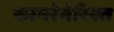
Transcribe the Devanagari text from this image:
कामरेगेरिख्त